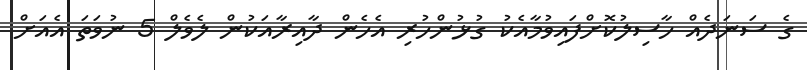
ގެ ސަނަދެއް ހާސިލުކޮށްފައިވުމާއެކު ގުޅުންހުރި އެހެން ދާއިރާއަކުން ލެވެލް 5 ނުވަތަ އެއަށް